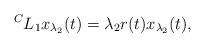
LaTeX: \begin{align*} ^{C}L_1 x_{\lambda_2}(t)= \lambda_2 r(t) x_{\lambda_2}(t),\end{align*}